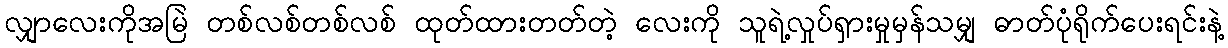
လျှာလေးကိုအမြဲ တစ်လစ်တစ်လစ် ထုတ်ထားတတ်တဲ့ လေးကို သူရဲ့လှုပ်ရှားမှုမှန်သမျှ ဓာတ်ပုံရိုက်ပေးရင်းနဲ့